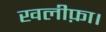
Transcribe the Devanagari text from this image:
खलीफ़ा।